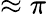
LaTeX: \approx\pi